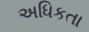
અધિકતા